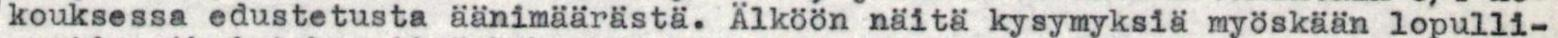
kouksessa edustetusta äänimäärästä. Älköön näitä kysymyksiä myöskään lopulli-